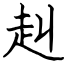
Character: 赳